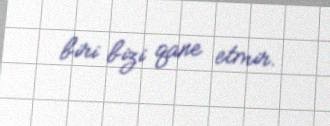
biri bizi qane etmir.